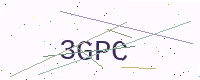
Text: 3GPC